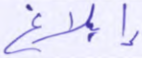
إبلاغ